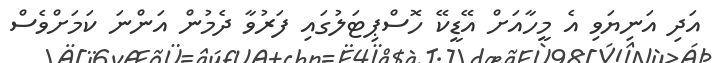
އަދި އަނިޔަވި އެ މީހާއަށް އޭޑީކޭ ހޮސްޕިޓަލުގައި ފަރުވާ ދެމުން އަންނަ ކަމަށްވެސް